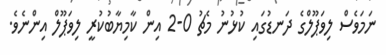
ނަމަވެސް ލިވަޕޫލްގެ ދަނޑުގައި ކުޅުނު މެޗު 0-2 އިން ކާމިޔާބުކުރީ ލިވަޕޫލް އިންނެވެ.